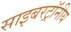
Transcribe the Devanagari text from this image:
साइबरट्राॅनीय